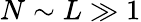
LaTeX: N\sim L\gg 1